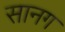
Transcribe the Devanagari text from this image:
सानग